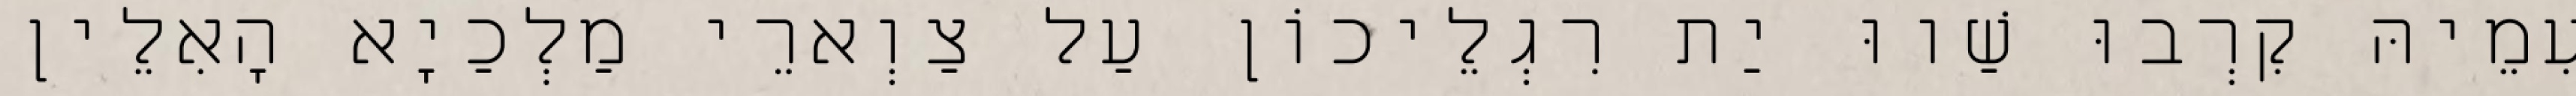
עִמֵיהּ קִרְבוּ שַׁווּ יַת רִגְלֵיכוֹן עַל צַוְארֵי מַלְכַיָא הָאִלֵין